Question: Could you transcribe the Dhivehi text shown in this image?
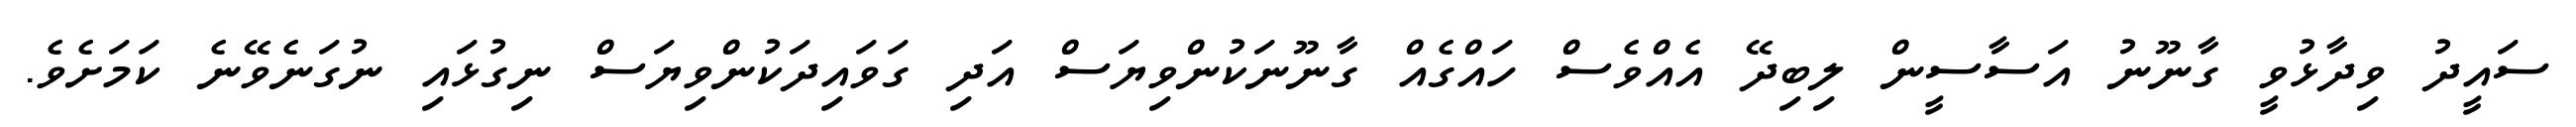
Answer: ސައީދު ވިދާޅުވީ ގާނޫނު އަސާސީން ލިބިދޭ އެއްވެސް ހައްގެއް ގާނޫނަކުންވިޔަސް އަދި ގަވައިދަކުންވިޔަސް ނިގުޅައި ނުގަނެވޭނެ ކަމަށެވެ.